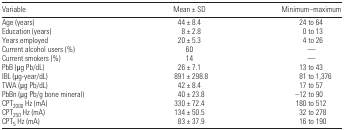
<table><thead><tr><td><b>Variable</b></td><td><b>Mean ± SD</b></td><td><b>Minimum–maximum</b></td></tr></thead><tbody><tr><td>Age (years)</td><td>44 ± 8.4</td><td>24 to 64</td></tr><tr><td>Education (years)</td><td>8 ± 2.8</td><td>0 to 13</td></tr><tr><td>Years employed</td><td>20 ± 5.3</td><td>4 to 26</td></tr><tr><td>Current alcohol users (%)</td><td>60</td><td>—</td></tr><tr><td>Current smokers (%)</td><td>14</td><td>—</td></tr><tr><td>PbB (μg Pb/dL)</td><td>26 ± 7.1</td><td>13 to 43</td></tr><tr><td>IBL (μg-year/dL)</td><td>891 ± 298.8</td><td>81 to 1,376</td></tr><tr><td>TWA (μg Pb/dL)</td><td>42 ± 8.4</td><td>17 to 57</td></tr><tr><td>PbBn (μg Pb/g bone mineral)</td><td>40 ± 23.8</td><td>−12 to 90</td></tr><tr><td>CPT<sub>2000</sub> Hz (mA)</td><td>330 ± 72.4</td><td>180 to 512</td></tr><tr><td>CPT<sub>250</sub> Hz (mA)</td><td>134 ± 50.5</td><td>32 to 278</td></tr><tr><td>CPT<sub>5</sub> Hz (mA)</td><td>83 ± 37.9</td><td>16 to 190</td></tr></tbody></table>